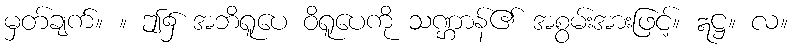
မှတ်ချက်။ ။ ဤ၌ အဘိရူပေ ဝိရူပေကို သဏ္ဌာန်၏ အစွမ်းအားဖြင့်။ ဣဋ္ဌ။ လ။